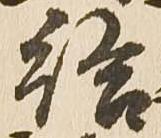
給